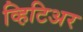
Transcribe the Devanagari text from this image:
व्हिटिअर